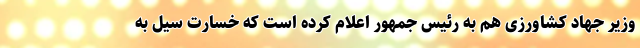
وزیر جهاد کشاورزی هم به رئیس جمهور اعلام کرده است که خسارت سیل به